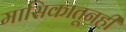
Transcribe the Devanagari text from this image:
मासिकातूनही